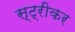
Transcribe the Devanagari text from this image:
स्ट्रीकर